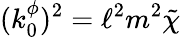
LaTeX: (k_{0}^{\phi})^{2}=\ell^{2}m^{2}\tilde{\chi}